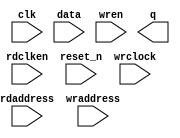
//Legal Notice: (C)2013 Altera Corporation. All rights reserved.  Your
//use of Altera Corporation's design tools, logic functions and other
//software and tools, and its AMPP partner logic functions, and any
//output files any of the foregoing (including device programming or
//simulation files), and any associated documentation or information are
//expressly subject to the terms and conditions of the Altera Program
//License Subscription Agreement or other applicable license agreement,
//including, without limitation, that your use is for the sole purpose
//of programming logic devices manufactured by Altera and sold by Altera
//or its authorized distributors.  Please refer to the applicable
//agreement for further details.

// synthesis translate_off
`timescale 1ns / 1ps
// synthesis translate_on

// turn off superfluous verilog processor warnings 
// altera message_level Level1 
// altera message_off 10034 10035 10036 10037 10230 10240 10030 

module DE4_SOPC_burst_2_fifo_module_fifo_ram_module (
                                                      // inputs:
                                                       clk,
                                                       data,
                                                       rdaddress,
                                                       rdclken,
                                                       reset_n,
                                                       wraddress,
                                                       wrclock,
                                                       wren,

                                                      // outputs:
                                                       q
                                                    )
;

  output  [ 63: 0] q;
  input            clk;
  input   [ 63: 0] data;
  input   [  8: 0] rdaddress;
  input            rdclken;
  input            reset_n;
  input   [  8: 0] wraddress;
  input            wrclock;
  input            wren;

  reg     [ 63: 0] mem_array [511: 0];
  wire    [ 63: 0] q;
  reg     [  8: 0] read_address;

//synthesis translate_off
//////////////// SIMULATION-ONLY CONTENTS
  always @(posedge clk or negedge reset_n)
    begin
      if (reset_n == 0)
          read_address <= 0;
      else if (rdclken)
          read_address <= rdaddress;
    end


  // Data read is synchronized through latent_rdaddress.
  assign q = mem_array[read_address];

  always @(posedge wrclock)
    begin
      // Write data
      if (wren)
          mem_array[wraddress] <= data;
    end



//////////////// END SIMULATION-ONLY CONTENTS

//synthesis translate_on
//synthesis read_comments_as_HDL on
//  always @(rdaddress)
//    begin
//      read_address = rdaddress;
//    end
//
//
//  lpm_ram_dp lpm_ram_dp_component
//    (
//      .data (data),
//      .q (q),
//      .rdaddress (read_address),
//      .rdclken (rdclken),
//      .rdclock (clk),
//      .wraddress (wraddress),
//      .wrclock (wrclock),
//      .wren (wren)
//    );
//
//  defparam lpm_ram_dp_component.lpm_file = "UNUSED",
//           lpm_ram_dp_component.lpm_hint = "USE_EAB=ON",
//           lpm_ram_dp_component.lpm_indata = "REGISTERED",
//           lpm_ram_dp_component.lpm_outdata = "UNREGISTERED",
//           lpm_ram_dp_component.lpm_rdaddress_control = "REGISTERED",
//           lpm_ram_dp_component.lpm_width = 64,
//           lpm_ram_dp_component.lpm_widthad = 9,
//           lpm_ram_dp_component.lpm_wraddress_control = "REGISTERED",
//           lpm_ram_dp_component.suppress_memory_conversion_warnings = "ON";
//
//synthesis read_comments_as_HDL off

endmodule


// synthesis translate_off
`timescale 1ns / 1ps
// synthesis translate_on

// turn off superfluous verilog processor warnings 
// altera message_level Level1 
// altera message_off 10034 10035 10036 10037 10230 10240 10030 

module DE4_SOPC_burst_2_fifo_module (
                                      // inputs:
                                       clk,
                                       clk_en,
                                       fifo_read,
                                       fifo_wr_data,
                                       fifo_write,
                                       flush_fifo,
                                       inc_pending_data,
                                       reset_n,

                                      // outputs:
                                       fifo_datavalid,
                                       fifo_empty,
                                       fifo_full,
                                       fifo_rd_data,
                                       p1_fifo_empty
                                    )
;

  output           fifo_datavalid;
  output           fifo_empty;
  output           fifo_full;
  output  [ 63: 0] fifo_rd_data;
  output           p1_fifo_empty;
  input            clk;
  input            clk_en;
  input            fifo_read;
  input   [ 63: 0] fifo_wr_data;
  input            fifo_write;
  input            flush_fifo;
  input            inc_pending_data;
  input            reset_n;

  wire    [  8: 0] estimated_rdaddress;
  reg     [  8: 0] estimated_wraddress;
  wire             fifo_datavalid;
  wire             fifo_dec;
  reg              fifo_empty;
  reg              fifo_full;
  wire             fifo_inc;
  wire    [ 63: 0] fifo_ram_q;
  wire    [ 63: 0] fifo_rd_data;
  reg              last_write_collision;
  reg     [ 63: 0] last_write_data;
  wire    [  8: 0] p1_estimated_wraddress;
  wire             p1_fifo_empty;
  wire             p1_fifo_full;
  wire    [  8: 0] p1_wraddress;
  wire    [  8: 0] rdaddress;
  reg     [  8: 0] rdaddress_reg;
  reg     [  8: 0] wraddress;
  wire             write_collision;
  assign p1_wraddress = (fifo_write)? wraddress - 1 :
    wraddress;

  always @(posedge clk or negedge reset_n)
    begin
      if (reset_n == 0)
          wraddress <= 0;
      else if (clk_en)
          if (flush_fifo)
              wraddress <= 0;
          else 
            wraddress <= p1_wraddress;
    end


  assign rdaddress = flush_fifo ? 0 : fifo_read ? (rdaddress_reg - 1) : rdaddress_reg;
  always @(posedge clk or negedge reset_n)
    begin
      if (reset_n == 0)
          rdaddress_reg <= 0;
      else 
        rdaddress_reg <= rdaddress;
    end


  assign fifo_datavalid = ~fifo_empty;
  assign fifo_inc = fifo_write & ~fifo_read;
  assign fifo_dec = fifo_read & ~fifo_write;
  assign estimated_rdaddress = rdaddress_reg - 1;
  assign p1_estimated_wraddress = (inc_pending_data)? estimated_wraddress - 1 :
    estimated_wraddress;

  always @(posedge clk or negedge reset_n)
    begin
      if (reset_n == 0)
          estimated_wraddress <= {9 {1'b1}};
      else if (clk_en)
          if (flush_fifo)
              estimated_wraddress <= {9 {1'b1}};
          else 
            estimated_wraddress <= p1_estimated_wraddress;
    end


  assign p1_fifo_empty = flush_fifo  | ((~fifo_inc & fifo_empty) | (fifo_dec & (wraddress == estimated_rdaddress)));
  always @(posedge clk or negedge reset_n)
    begin
      if (reset_n == 0)
          fifo_empty <= 1;
      else if (clk_en)
          fifo_empty <= p1_fifo_empty;
    end


  assign p1_fifo_full = ~flush_fifo & ((~fifo_dec & fifo_full)  | (inc_pending_data & (estimated_wraddress == rdaddress)));
  always @(posedge clk or negedge reset_n)
    begin
      if (reset_n == 0)
          fifo_full <= 0;
      else if (clk_en)
          fifo_full <= p1_fifo_full;
    end


  assign write_collision = fifo_write && (wraddress == rdaddress);
  always @(posedge clk or negedge reset_n)
    begin
      if (reset_n == 0)
          last_write_data <= 0;
      else if (write_collision)
          last_write_data <= fifo_wr_data;
    end


  always @(posedge clk or negedge reset_n)
    begin
      if (reset_n == 0)
          last_write_collision <= 0;
      else if (write_collision)
          last_write_collision <= -1;
      else if (fifo_read)
          last_write_collision <= 0;
    end


  assign fifo_rd_data = last_write_collision ? last_write_data : fifo_ram_q;
  //DE4_SOPC_burst_2_fifo_module_fifo_ram, which is an e_ram
  DE4_SOPC_burst_2_fifo_module_fifo_ram_module DE4_SOPC_burst_2_fifo_module_fifo_ram
    (
      .clk       (clk),
      .data      (fifo_wr_data),
      .q         (fifo_ram_q),
      .rdaddress (rdaddress),
      .rdclken   (1'b1),
      .reset_n   (reset_n),
      .wraddress (wraddress),
      .wrclock   (clk),
      .wren      (fifo_write)
    );


endmodule


// synthesis translate_off
`timescale 1ns / 1ps
// synthesis translate_on

// turn off superfluous verilog processor warnings 
// altera message_level Level1 
// altera message_off 10034 10035 10036 10037 10230 10240 10030 

//
//Burst adapter parameters:
//adapter is mastered by: ethernet_port_interface_0/avalon_master
//adapter masters: pcie_compiler_0/Tx_Interface
//asp_debug: 0
//byteaddr_width: 28
//ceil_data_width: 64
//data_width: 64
//dbs_shift: -1
//dbs_upstream_burstcount_width: 10
//downstream_addr_shift: 3
//downstream_burstcount_width: 10
//downstream_max_burstcount: 512
//downstream_pipeline: 0
//dynamic_slave: 1
//master_always_burst_max_burst: 0
//master_burst_on_burst_boundaries_only: 0
//master_data_width: 32
//master_interleave: 0
//master_linewrap_bursts: 0
//nativeaddr_width: 25
//slave_always_burst_max_burst: 0
//slave_burst_on_burst_boundaries_only: 0
//slave_interleave: 0
//slave_linewrap_bursts: 0
//upstream_burstcount: upstream_burstcount
//upstream_burstcount_width: 10
//upstream_max_burstcount: 512
//zero_address_width: 0


module DE4_SOPC_burst_2 (
                          // inputs:
                           clk,
                           downstream_readdata,
                           downstream_readdatavalid,
                           downstream_waitrequest,
                           reset_n,
                           upstream_address,
                           upstream_burstcount,
                           upstream_byteenable,
                           upstream_debugaccess,
                           upstream_nativeaddress,
                           upstream_read,
                           upstream_write,
                           upstream_writedata,

                          // outputs:
                           downstream_address,
                           downstream_arbitrationshare,
                           downstream_burstcount,
                           downstream_byteenable,
                           downstream_debugaccess,
                           downstream_nativeaddress,
                           downstream_read,
                           downstream_write,
                           downstream_writedata,
                           upstream_readdata,
                           upstream_readdatavalid,
                           upstream_waitrequest
                        )
;

  output  [ 24: 0] downstream_address;
  output  [  9: 0] downstream_arbitrationshare;
  output  [  9: 0] downstream_burstcount;
  output  [  7: 0] downstream_byteenable;
  output           downstream_debugaccess;
  output  [ 24: 0] downstream_nativeaddress;
  output           downstream_read;
  output           downstream_write;
  output  [ 63: 0] downstream_writedata;
  output  [ 63: 0] upstream_readdata;
  output           upstream_readdatavalid;
  output           upstream_waitrequest;
  input            clk;
  input   [ 63: 0] downstream_readdata;
  input            downstream_readdatavalid;
  input            downstream_waitrequest;
  input            reset_n;
  input   [ 27: 0] upstream_address;
  input   [  9: 0] upstream_burstcount;
  input   [  7: 0] upstream_byteenable;
  input            upstream_debugaccess;
  input   [ 24: 0] upstream_nativeaddress;
  input            upstream_read;
  input            upstream_write;
  input   [ 63: 0] upstream_writedata;

  wire    [  8: 0] address_offset;
  reg     [  9: 0] atomic_counter;
  wire    [ 27: 0] current_upstream_address;
  wire    [  9: 0] current_upstream_burstcount;
  wire             current_upstream_read;
  wire             current_upstream_write;
  reg     [  9: 0] data_counter;
  wire    [  9: 0] dbs_adjusted_upstream_burstcount;
  wire    [ 24: 0] downstream_address;
  wire    [ 27: 0] downstream_address_base;
  wire    [  9: 0] downstream_arbitrationshare;
  wire    [  9: 0] downstream_burstcount;
  wire             downstream_burstdone;
  wire    [  7: 0] downstream_byteenable;
  wire             downstream_debugaccess;
  wire    [ 24: 0] downstream_nativeaddress;
  reg              downstream_read;
  wire             downstream_write;
  wire    [ 63: 0] downstream_writedata;
  wire             enable_state_change;
  wire             fifo_datavalid;
  wire             fifo_empty;
  wire             fifo_full;
  wire    [ 63: 0] fifo_rd_data;
  wire             fifo_read;
  wire    [ 63: 0] fifo_wr_data;
  wire             fifo_write;
  wire             flush_fifo;
  reg     [  9: 0] full_width_rdv_counter;
  wire    [  9: 0] interleave_end;
  wire    [  9: 0] max_burst_size;
  reg              negative_dbs_rdv_counter;
  wire    [  9: 0] negative_dbs_read_expression;
  wire    [  9: 0] p1_atomic_counter;
  wire             p1_fifo_empty;
  wire             p1_state_busy;
  wire             p1_state_idle;
  wire             pending_register_enable;
  wire             pending_upstream_read;
  reg              pending_upstream_read_reg;
  wire             pending_upstream_write;
  reg              pending_upstream_write_reg;
  wire    [ 27: 0] quantized_burst_base;
  wire    [ 27: 0] quantized_burst_limit;
  reg     [  8: 0] read_address_offset;
  wire             read_update_count;
  wire    [  9: 0] read_write_dbs_adjusted_upstream_burstcount;
  reg     [  9: 0] registered_read_write_dbs_adjusted_upstream_burstcount;
  reg     [ 27: 0] registered_upstream_address;
  reg     [  9: 0] registered_upstream_burstcount;
  reg     [ 24: 0] registered_upstream_nativeaddress;
  reg              registered_upstream_read;
  reg              registered_upstream_write;
  reg              state_busy;
  reg              state_idle;
  wire             sync_nativeaddress;
  wire    [  9: 0] transactions_remaining;
  reg     [  9: 0] transactions_remaining_reg;
  wire             update_count;
  wire             upstream_burstdone;
  wire             upstream_read_run;
  wire    [ 63: 0] upstream_readdata;
  wire             upstream_readdatavalid;
  wire             upstream_waitrequest;
  wire             upstream_write_run;
  reg     [  8: 0] write_address_offset;
  wire             write_update_count;
  assign sync_nativeaddress = |upstream_nativeaddress;
  //downstream, which is an e_avalon_master
  //upstream, which is an e_avalon_slave
  assign upstream_burstdone = current_upstream_read ? (transactions_remaining == downstream_burstcount) & downstream_read & ~downstream_waitrequest : (transactions_remaining == (atomic_counter + 1)) & downstream_write & ~downstream_waitrequest;
  assign p1_atomic_counter = atomic_counter + (downstream_read ? downstream_burstcount : 1);
  assign downstream_burstdone = (downstream_read | downstream_write) & ~downstream_waitrequest & (p1_atomic_counter == downstream_burstcount);
  assign quantized_burst_base = upstream_address & ~7;
  assign quantized_burst_limit = (((upstream_address & ~3) + {upstream_burstcount,
    2'b00} - 1) | 7) + 1;

  assign negative_dbs_read_expression = (quantized_burst_limit - quantized_burst_base) >> 3;
  assign dbs_adjusted_upstream_burstcount = pending_register_enable ? read_write_dbs_adjusted_upstream_burstcount : registered_read_write_dbs_adjusted_upstream_burstcount;
  assign read_write_dbs_adjusted_upstream_burstcount = upstream_read ? negative_dbs_read_expression : upstream_burstcount;
  always @(posedge clk or negedge reset_n)
    begin
      if (reset_n == 0)
          registered_read_write_dbs_adjusted_upstream_burstcount <= 0;
      else if (pending_register_enable)
          registered_read_write_dbs_adjusted_upstream_burstcount <= read_write_dbs_adjusted_upstream_burstcount;
    end


  assign p1_state_idle = state_idle & ~upstream_read & ~upstream_write | state_busy & (data_counter == 0) & p1_fifo_empty & ~pending_upstream_read & ~pending_upstream_write;
  assign p1_state_busy = state_idle & (upstream_read | upstream_write) | state_busy & (~(data_counter == 0) | ~p1_fifo_empty | pending_upstream_read | pending_upstream_write);
  assign enable_state_change = ~(downstream_read | downstream_write) | ~downstream_waitrequest;
  always @(posedge clk or negedge reset_n)
    begin
      if (reset_n == 0)
          pending_upstream_read_reg <= 0;
      else if (upstream_read & state_idle)
          pending_upstream_read_reg <= -1;
      else if (downstream_readdatavalid)
          pending_upstream_read_reg <= 0;
    end


  always @(posedge clk or negedge reset_n)
    begin
      if (reset_n == 0)
          pending_upstream_write_reg <= 0;
      else if (upstream_burstdone)
          pending_upstream_write_reg <= 0;
      else if (upstream_write & (state_idle | ~upstream_waitrequest))
          pending_upstream_write_reg <= -1;
    end


  always @(posedge clk or negedge reset_n)
    begin
      if (reset_n == 0)
          state_idle <= 1;
      else if (enable_state_change)
          state_idle <= p1_state_idle;
    end


  always @(posedge clk or negedge reset_n)
    begin
      if (reset_n == 0)
          state_busy <= 0;
      else if (enable_state_change)
          state_busy <= p1_state_busy;
    end


  assign pending_upstream_read = pending_upstream_read_reg;
  assign pending_upstream_write = pending_upstream_write_reg & ~upstream_burstdone;
  assign pending_register_enable = state_idle | ((upstream_read | upstream_write) & ~upstream_waitrequest);
  always @(posedge clk or negedge reset_n)
    begin
      if (reset_n == 0)
          registered_upstream_read <= 0;
      else if (pending_register_enable)
          registered_upstream_read <= upstream_read;
    end


  always @(posedge clk or negedge reset_n)
    begin
      if (reset_n == 0)
          registered_upstream_write <= 0;
      else if (pending_register_enable)
          registered_upstream_write <= upstream_write;
    end


  always @(posedge clk or negedge reset_n)
    begin
      if (reset_n == 0)
          registered_upstream_burstcount <= 0;
      else if (pending_register_enable)
          registered_upstream_burstcount <= upstream_burstcount;
    end


  always @(posedge clk or negedge reset_n)
    begin
      if (reset_n == 0)
          registered_upstream_address <= 0;
      else if (pending_register_enable)
          registered_upstream_address <= upstream_address;
    end


  always @(posedge clk or negedge reset_n)
    begin
      if (reset_n == 0)
          registered_upstream_nativeaddress <= 0;
      else if (pending_register_enable)
          registered_upstream_nativeaddress <= upstream_nativeaddress;
    end


  assign current_upstream_read = registered_upstream_read & !downstream_write;
  assign current_upstream_write = registered_upstream_write;
  assign current_upstream_address = registered_upstream_address;
  assign current_upstream_burstcount = pending_register_enable ? upstream_burstcount : registered_upstream_burstcount;
  always @(posedge clk or negedge reset_n)
    begin
      if (reset_n == 0)
          atomic_counter <= 0;
      else if ((downstream_read | downstream_write) & ~downstream_waitrequest)
          atomic_counter <= downstream_burstdone ? 0 : p1_atomic_counter;
    end


  assign read_update_count = current_upstream_read & ~downstream_waitrequest;
  assign write_update_count = current_upstream_write & downstream_write & downstream_burstdone;
  assign update_count = read_update_count | write_update_count;
  assign transactions_remaining = (state_idle & (upstream_read | upstream_write)) ? dbs_adjusted_upstream_burstcount : transactions_remaining_reg;
  always @(posedge clk or negedge reset_n)
    begin
      if (reset_n == 0)
          transactions_remaining_reg <= 0;
      else 
        transactions_remaining_reg <= (state_idle & (upstream_read | upstream_write)) ? dbs_adjusted_upstream_burstcount : update_count ? transactions_remaining_reg - downstream_burstcount : transactions_remaining_reg;
    end


  always @(posedge clk or negedge reset_n)
    begin
      if (reset_n == 0)
          data_counter <= 0;
      else 
        data_counter <= state_idle & upstream_read & ~upstream_waitrequest ?  dbs_adjusted_upstream_burstcount : downstream_readdatavalid ? data_counter - 1 : data_counter;
    end


  assign max_burst_size = 512;
  assign downstream_burstcount = current_upstream_read ? (((transactions_remaining > max_burst_size) ? max_burst_size : transactions_remaining)) : 1;
  assign interleave_end = (dbs_adjusted_upstream_burstcount > 0) ? (dbs_adjusted_upstream_burstcount - 0) : 0;
  assign downstream_arbitrationshare = current_upstream_read ? (0 + (interleave_end >> 9) + |(interleave_end[8 : 0])) : dbs_adjusted_upstream_burstcount;
  always @(posedge clk or negedge reset_n)
    begin
      if (reset_n == 0)
          write_address_offset <= 0;
      else 
        write_address_offset <= state_idle & upstream_write ? 0 : ((downstream_write & ~downstream_waitrequest & downstream_burstdone & |downstream_byteenable[7 : 4])) ? write_address_offset + downstream_burstcount : write_address_offset;
    end


  always @(posedge clk or negedge reset_n)
    begin
      if (reset_n == 0)
          read_address_offset <= 0;
      else 
        read_address_offset <= state_idle & upstream_read ? 0 : (downstream_read & ~downstream_waitrequest) ? read_address_offset + downstream_burstcount : read_address_offset;
    end


  assign downstream_nativeaddress = registered_upstream_nativeaddress >> 2;
  assign address_offset = current_upstream_read ? read_address_offset : write_address_offset;
  assign downstream_address_base = current_upstream_address;
  assign downstream_address = downstream_address_base + {address_offset, 3'b000};
  always @(posedge clk or negedge reset_n)
    begin
      if (reset_n == 0)
          downstream_read <= 0;
      else if (~downstream_read | ~downstream_waitrequest)
          downstream_read <= state_idle & upstream_read ? 1 : (transactions_remaining == downstream_burstcount) ? 0 : downstream_read;
    end


  always @(posedge clk or negedge reset_n)
    begin
      if (reset_n == 0)
          negative_dbs_rdv_counter <= 0;
      else 
        negative_dbs_rdv_counter <= (state_idle & upstream_read & ~upstream_waitrequest) ? upstream_address[2] : fifo_datavalid ? negative_dbs_rdv_counter + 1 : negative_dbs_rdv_counter;
    end


  assign fifo_read = ~fifo_empty && ((negative_dbs_rdv_counter == 1) || ((full_width_rdv_counter + 1) == current_upstream_burstcount));
  assign fifo_write = downstream_readdatavalid;
  assign fifo_wr_data = downstream_readdata;
  assign flush_fifo = 1'b0;
  DE4_SOPC_burst_2_fifo_module the_DE4_SOPC_burst_2_fifo_module
    (
      .clk              (clk),
      .clk_en           (1'b1),
      .fifo_datavalid   (fifo_datavalid),
      .fifo_empty       (fifo_empty),
      .fifo_full        (fifo_full),
      .fifo_rd_data     (fifo_rd_data),
      .fifo_read        (fifo_read),
      .fifo_wr_data     (fifo_wr_data),
      .fifo_write       (fifo_write),
      .flush_fifo       (flush_fifo),
      .inc_pending_data (fifo_write),
      .p1_fifo_empty    (p1_fifo_empty),
      .reset_n          (reset_n)
    );

  always @(posedge clk or negedge reset_n)
    begin
      if (reset_n == 0)
          full_width_rdv_counter <= 0;
      else 
        full_width_rdv_counter <= (state_idle & upstream_read & ~upstream_waitrequest) ? 0 : upstream_readdatavalid ? full_width_rdv_counter + 1 : full_width_rdv_counter;
    end


  assign upstream_readdatavalid = fifo_datavalid;
  assign upstream_readdata = ((0 == negative_dbs_rdv_counter))? {fifo_rd_data[31 : 0], fifo_rd_data[31 : 0]} :
    {fifo_rd_data[63 : 32], fifo_rd_data[63 : 32]};

  assign downstream_byteenable = upstream_byteenable;
  assign downstream_write = upstream_write & state_busy & !pending_upstream_read & fifo_empty;
  assign downstream_writedata = upstream_writedata;
  assign upstream_read_run = state_idle & upstream_read;
  assign upstream_write_run = state_busy & upstream_write & ~downstream_waitrequest & !downstream_read;
  assign upstream_waitrequest = (upstream_read | current_upstream_read) ? ~upstream_read_run : current_upstream_write ? ~upstream_write_run : 1;
  assign downstream_debugaccess = upstream_debugaccess;

//synthesis translate_off
//////////////// SIMULATION-ONLY CONTENTS
  always @(posedge clk)
    begin
      if (fifo_full && fifo_write)
        begin
          $write("%0d ns: simulation assertion failed: DE4_SOPC_burst_2: illegal write into full fifo.", $time);
          $stop;
        end
    end



//////////////// END SIMULATION-ONLY CONTENTS

//synthesis translate_on

endmodule